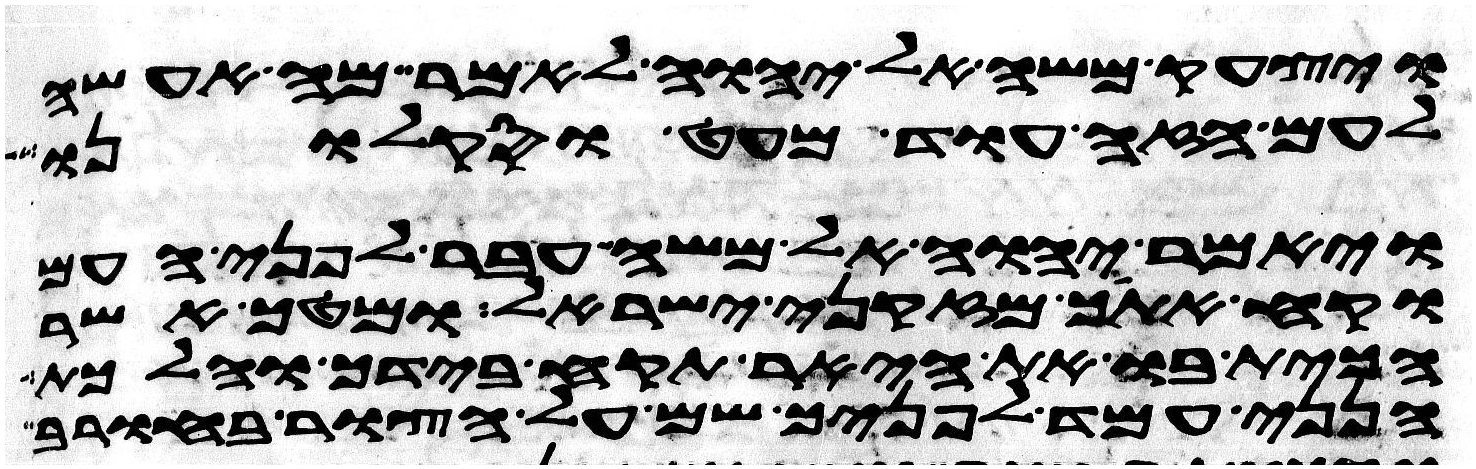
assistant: ויצעק משה אל יהוה לאמר מה אעשה
לעם הזה עוד מעט וסקלוני
ויאמר יהוה אל משה עבר לפני העם
וקח אתך מזקני ישראל ומטך אשר
הכית בו את היאר תקח בידך והלכת
הנני עמד לפניך שם על הצור בחורב